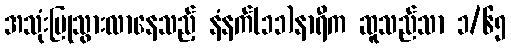
အသုံးပြုသွားလာနေသည့် နံနက်(၁၁)နာရီက ဆူသည်သာ ၁/၆၅